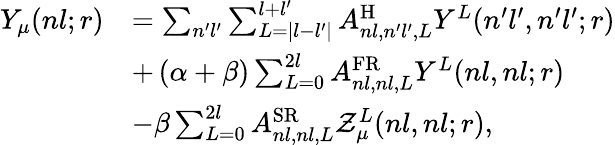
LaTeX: \begin{array}{rl}{Y_{\mu}(nl;r)}&{=\sum_{n^{\prime}l^{\prime}}\sum_{L=|l-l^{\prime}|}^{l+l^{\prime}}A_{nl,n^{\prime}l^{\prime},L}^{\mathrm{H}}Y^{L}(n^{\prime}l^{\prime},n^{\prime}l^{\prime};r)}\\ &{+\left(\alpha+\beta\right)\sum_{L=0}^{2l}A_{nl,nl,L}^{\mathrm{FR}}Y^{L}(nl,nl;r)}\\ &{-\beta\sum_{L=0}^{2l}A_{nl,nl,L}^{\mathrm{SR}}\mathcal{Z}_{\mu}^{L}(nl,nl;r),}\end{array}